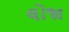
લોજા